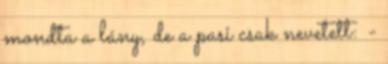
mondta a lány, de a pasi csak nevetett: -